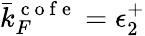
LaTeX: \bar{k}_{F}^{\mathrm{~c~o~f~e~}}=\epsilon_{2}^{+}